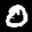
Label: 0